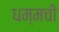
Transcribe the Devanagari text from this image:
धम्मची